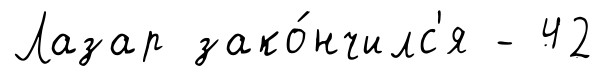
Лазар зако́нчилс'я - 42